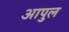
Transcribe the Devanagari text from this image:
आपुल